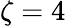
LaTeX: \zeta=4